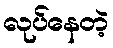
လုပ်နေတဲ့